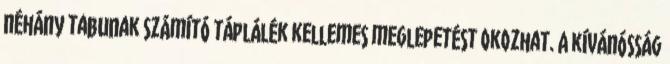
néhány tabunak számító táplálék kellemes meglepetést okozhat. A kívánósság